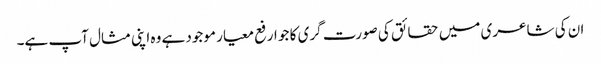
ان کی شاعری میں حقائق کی صورت گری کا جو ارفع معیار موجود ہے وہ اپنی مثال آپ ہے۔